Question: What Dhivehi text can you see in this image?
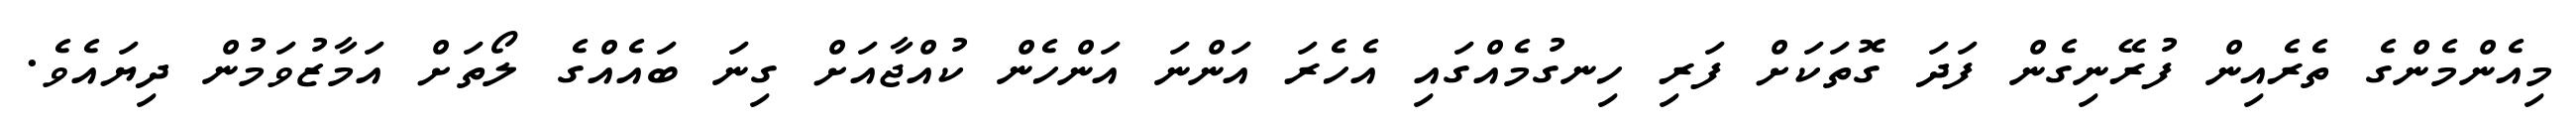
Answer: މިއެންމެންގެ ތެރެއިން ފުރޭނިގެން ފަދަ ގޮތަކަށް ފަރި ހިނގުމެއްގައި އެހެރަ އަންނަ އަންހެން ކުއްޖާއަށް ގިނަ ބައެއްގެ ލޯތަށް އަމާޒުވަމުން ދިޔައެވެ.